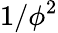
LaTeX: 1/\phi^{2}